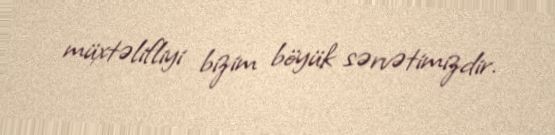
müxtəlifliyi bizim böyük sərvətimizdir.